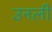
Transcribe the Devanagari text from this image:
उनली